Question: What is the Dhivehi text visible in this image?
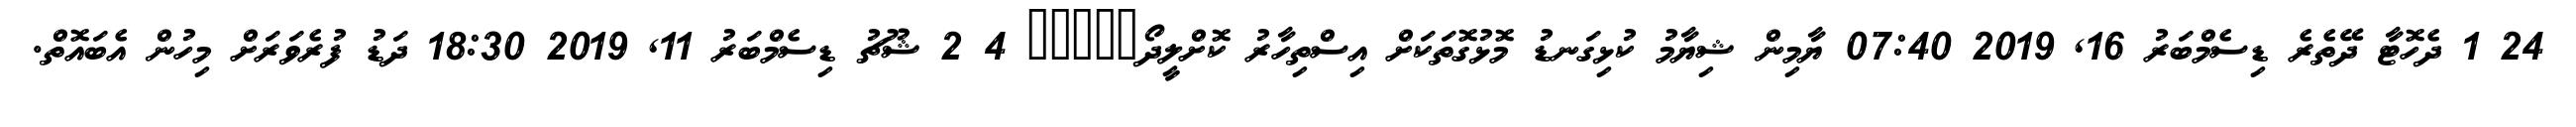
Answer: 24 1 ދެހޮޓާ ދޭތެރެ ޑިސެމްބަރު 16, 2019 07:40 ޔާމިން ޝިޔާމު ކުޅިގަނޑު މޮޅުގޮތަކަށް އިސްތިހާރު ކޮށްލީދޯ????? 4 2 ޝޫޗު ޑިސެމްބަރު 11, 2019 18:30 ދަޑު ފުރެވަރަށް މިހުން އެބައޮތް.